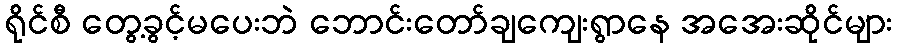
ရိုင်စီ တွေ့ခွင့်မပေးဘဲ ဘောင်းတော်ချကျေးရွာနေ အအေးဆိုင်များ